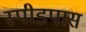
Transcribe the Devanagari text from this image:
स्पीडपास